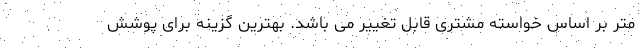
متر بر اساس خواسته مشتری قابل تغییر می باشد. بهترین گزینه برای پوشش